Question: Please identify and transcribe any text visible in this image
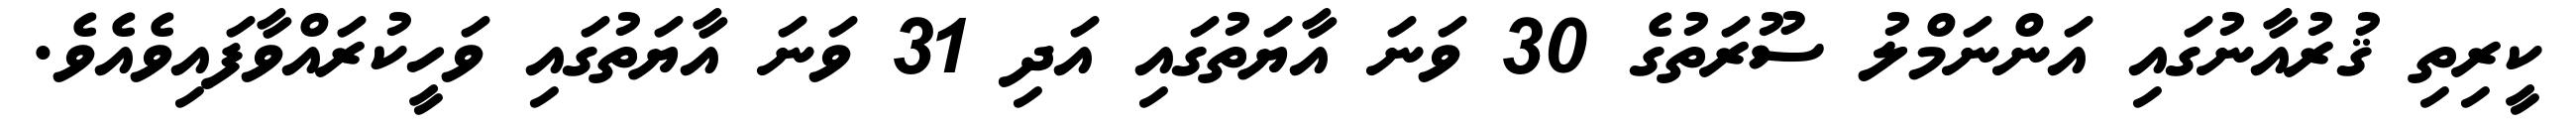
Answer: ކީރިތި ޤުރުއާނުގައި އަންނަމްލު ސޫރަތުގެ 30 ވަނަ އާޔަތުގައި އަދި 31 ވަނަ އާޔަތުގައި ވަހީކުރައްވާފައިވެއެވެ.